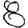
Digit: 8